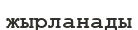
жырланады